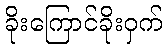
ခိုးကြောင်ခိုးဝှက်